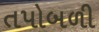
તપોબળી